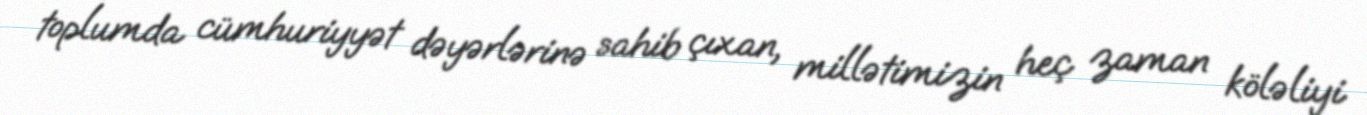
toplumda cümhuriyyət dəyərlərinə sahib çıxan, millətimizin heç zaman köləliyi